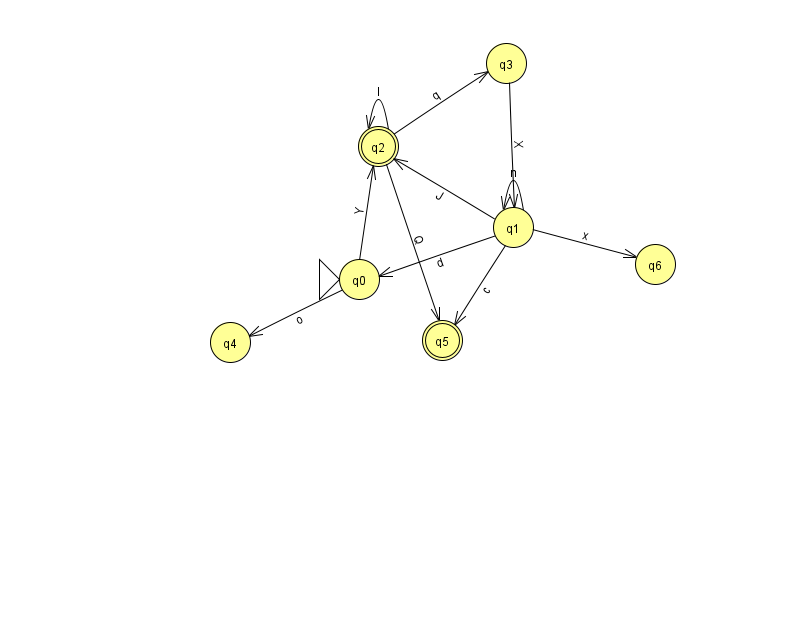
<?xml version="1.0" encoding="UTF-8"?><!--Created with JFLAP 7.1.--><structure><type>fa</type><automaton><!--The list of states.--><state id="0" name="q0"><x>359.0</x><y>266.0</y><initial/></state><state id="1" name="q1"><x>513.0</x><y>214.0</y></state><state id="2" name="q2"><x>378.0</x><y>133.0</y><final/></state><state id="3" name="q3"><x>506.0</x><y>50.0</y></state><state id="4" name="q4"><x>230.0</x><y>329.0</y></state><state id="5" name="q5"><x>442.0</x><y>327.0</y><final/></state><state id="6" name="q6"><x>655.0</x><y>251.0</y></state><!--The list of transitions.--><transition><from>1</from><to>2</to><read>J</read></transition><transition><from>0</from><to>4</to><read>o</read></transition><transition><from>2</from><to>5</to><read>Q</read></transition><transition><from>2</from><to>3</to><read>q</read></transition><transition><from>3</from><to>1</to><read>X</read></transition><transition><from>1</from><to>0</to><read>d</read></transition><transition><from>1</from><to>6</to><read>x</read></transition><transition><from>2</from><to>2</to><read>l</read></transition><transition><from>0</from><to>2</to><read>Y</read></transition><transition><from>1</from><to>1</to><read>n</read></transition><transition><from>1</from><to>5</to><read>c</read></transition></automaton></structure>